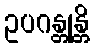
ဥပဂန္တုန္တိ